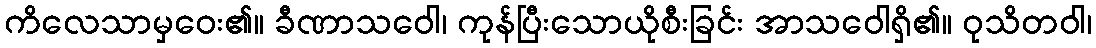
ကိလေသာမှဝေး၏။ ခီဏာသဝေါ၊ ကုန်ပြီးသောယိုစီးခြင်း အာသဝေါရှိ၏။ ဝုသိတဝါ၊